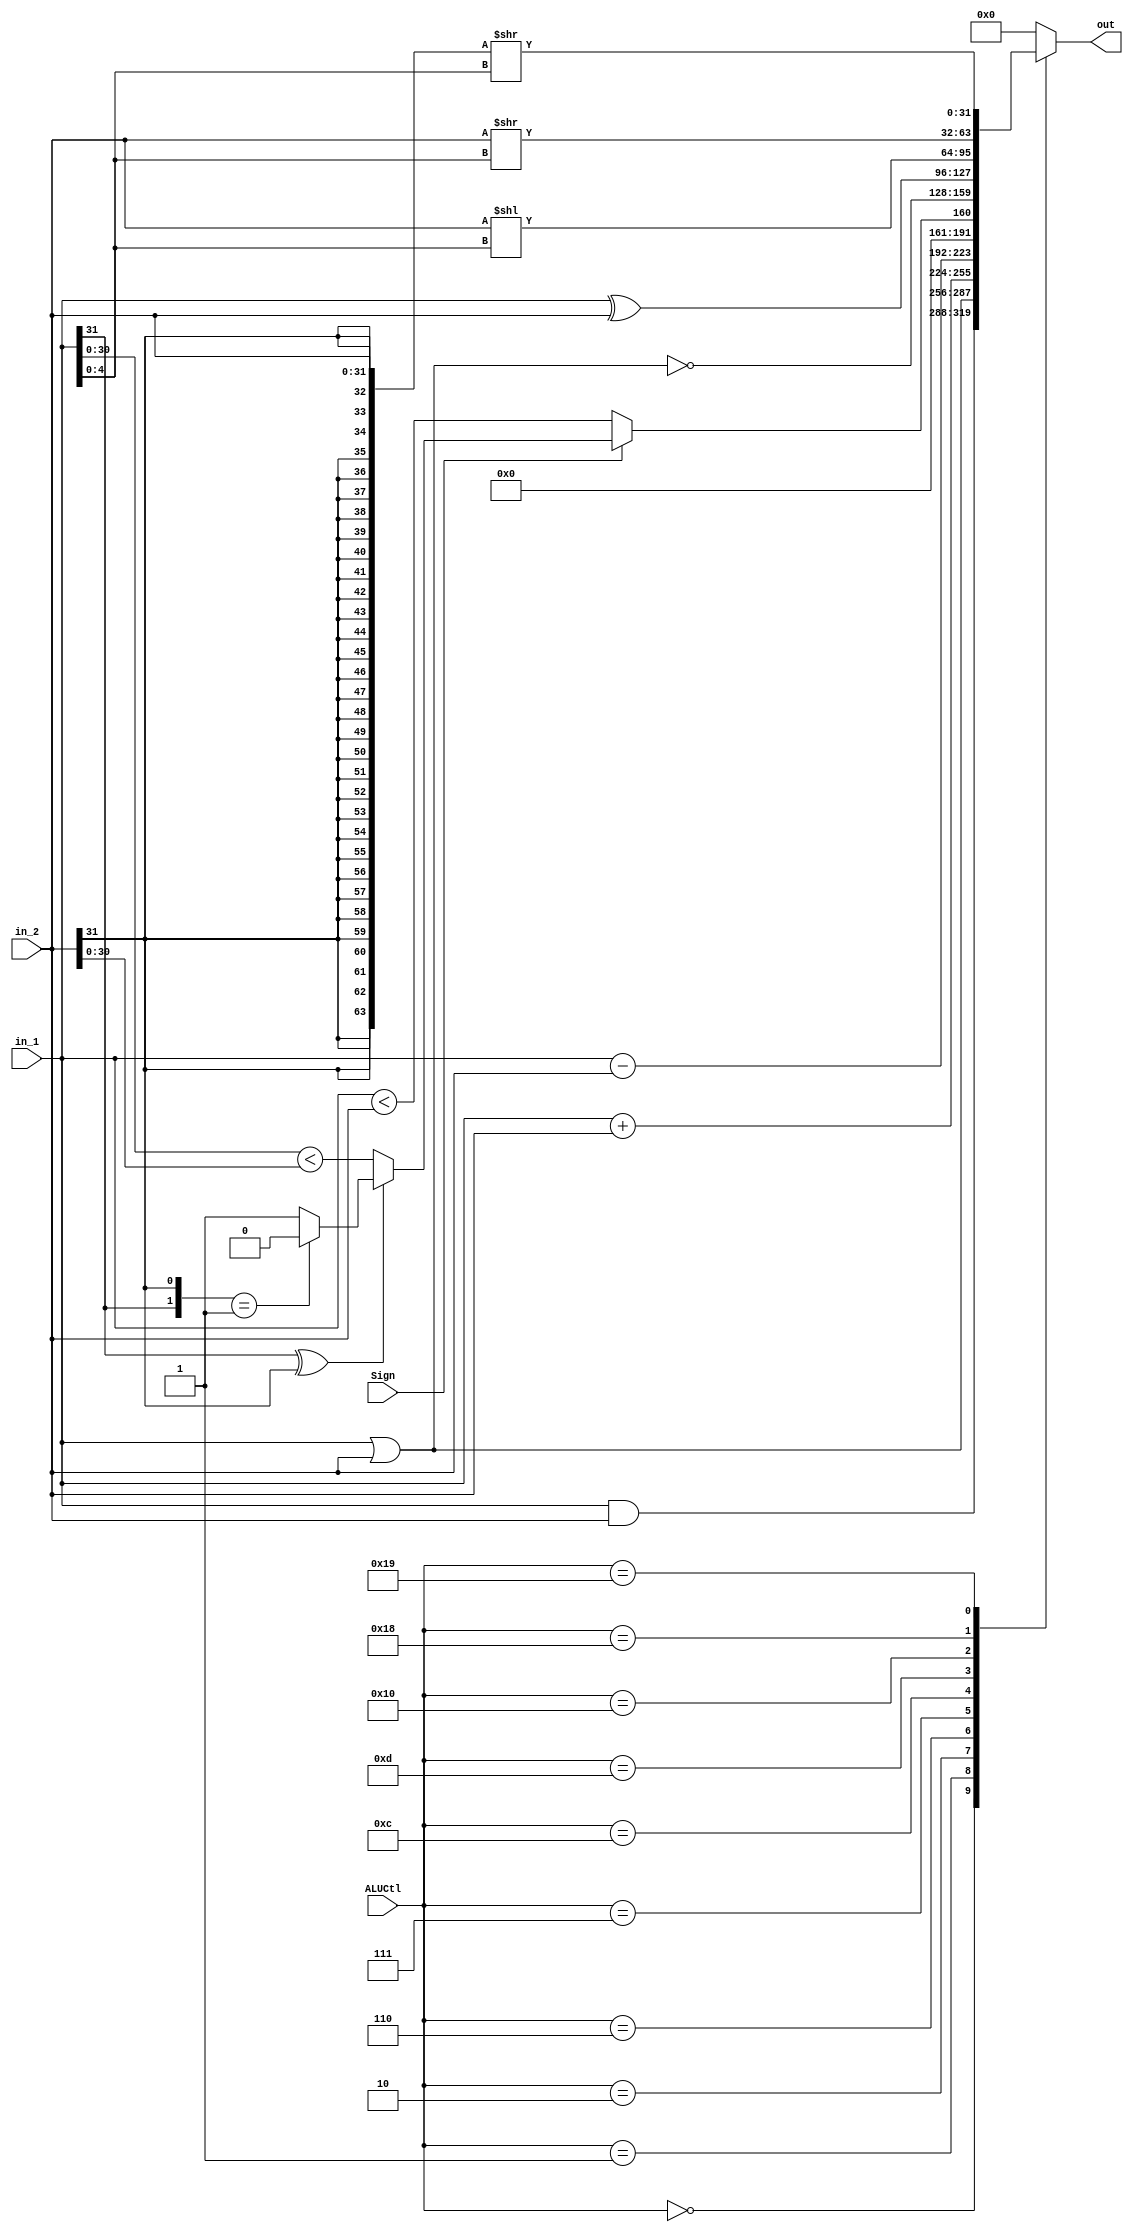
/* verilator lint_off WIDTH */

module ALU(in_1, in_2, ALUCtl, Sign, out);
input [31:0] in_1, in_2;
input [4:0] ALUCtl;
input Sign;
output reg [31:0] out;

wire [1:0] ss;
assign ss = {in_1[31], in_2[31]};

wire lt_31;
assign lt_31 = (in_1[30:0] < in_2[30:0]);

// Assume both are signed numbers.
wire lt_signed;
// If signs are different, then lt = 0 when ss == 2'b01
// (positive number is always larger than negative one).
// But if signs are the same, then lt = lt_31
// (which is normal comparison).
assign lt_signed = (in_1[31] ^ in_2[31])?
       ((ss == 2'b01)? 0: 1): lt_31;

always @(*)
  case (ALUCtl)
    5'b00000:
      out = in_1 & in_2;
    5'b00001:
      out = in_1 | in_2;
    5'b00010:
      out = in_1 + in_2;
    5'b00110:
      out = in_1 - in_2;
    5'b00111:
      out = {31'h00000000, Sign? lt_signed: (in_1 < in_2)};
    5'b01100:
      out = ~(in_1 | in_2);
    5'b01101:
      out = in_1 ^ in_2;
    5'b10000:
      out = (in_2 << in_1[4:0]);
    5'b11000:
      out = (in_2 >> in_1[4:0]);
    5'b11001:
      out = ({{32{in_2[31]}}, in_2} >> in_1[4:0]);
    default:
      out = 32'h00000000;
  endcase

endmodule